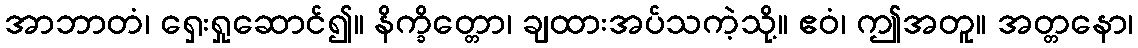
အာဘာတံ၊ ရှေးရှုဆောင်၍။ နိက္ခိတ္တော၊ ချထားအပ်သကဲ့သို့။ ဧဝံ၊ ဤအတူ။ အတ္တနော၊